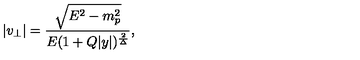
| v _ { \perp } | = { \frac { \sqrt { E ^ { 2 } - m _ { p } ^ { 2 } } } { E ( 1 + Q | y | ) ^ { \frac { 2 } { \Delta } } } } ,